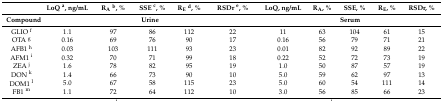
<table><thead><tr><td></td><td><b>LoQ <sup>a</sup>, ng/mL</b></td><td><b>R<sub>A</sub><sup>b</sup>, %</b></td><td><b>SSE <sup>c</sup>, %</b></td><td><b>R<sub>E</sub><sup>d</sup>, %</b></td><td><b>RSDr <sup>e</sup>, %</b></td><td><b>LoQ, ng/mL</b></td><td><b>R<sub>A</sub>, %</b></td><td><b>SSE, %</b></td><td><b>R<sub>E</sub>, %</b></td><td><b>RSDr, %</b></td></tr><tr><td><b>Compound</b></td><td colspan="5"><b>Urine</b></td><td colspan="5"><b>Serum</b></td></tr></thead><tbody><tr><td>GLIO <sup>f</sup></td><td>1.1</td><td>97</td><td>86</td><td>112</td><td>22</td><td>11</td><td>63</td><td>104</td><td>61</td><td>15</td></tr><tr><td>OTA <sup>g</sup></td><td>0.16</td><td>69</td><td>76</td><td>90</td><td>17</td><td>0.16</td><td>56</td><td>79</td><td>71</td><td>21</td></tr><tr><td>AFB1 <sup>h</sup></td><td>0.03</td><td>103</td><td>111</td><td>93</td><td>23</td><td>0.01</td><td>82</td><td>92</td><td>89</td><td>22</td></tr><tr><td>AFM1 <sup>i</sup></td><td>0.32</td><td>70</td><td>71</td><td>99</td><td>18</td><td>0.22</td><td>52</td><td>72</td><td>73</td><td>19</td></tr><tr><td>ZEA <sup>j</sup></td><td>1.6</td><td>78</td><td>82</td><td>95</td><td>19</td><td>1.0</td><td>50</td><td>87</td><td>57</td><td>19</td></tr><tr><td>DON <sup>k</sup></td><td>1.4</td><td>66</td><td>73</td><td>90</td><td>10</td><td>5.0</td><td>59</td><td>62</td><td>97</td><td>13</td></tr><tr><td>DOM1 <sup>l</sup></td><td>5.0</td><td>67</td><td>58</td><td>115</td><td>23</td><td>5.0</td><td>60</td><td>54</td><td>111</td><td>14</td></tr><tr><td>FB1 <sup>m</sup></td><td>1.1</td><td>72</td><td>64</td><td>112</td><td>10</td><td>3.0</td><td>56</td><td>85</td><td>66</td><td>23</td></tr></tbody></table>